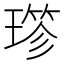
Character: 𤨤